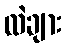
လဲချား